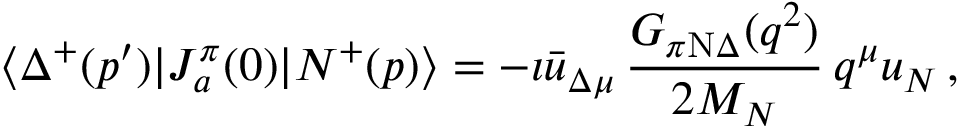
\langle \Delta ^ { + } ( p ^ { \prime } ) | J _ { a } ^ { \pi } ( 0 ) | N ^ { + } ( p ) \rangle = - \i \bar { u } _ { \Delta \mu } \, { \frac { G _ { \pi \mathrm { N } \Delta } ( q ^ { 2 } ) } { 2 M _ { N } } } \, q ^ { \mu } u _ { N } \, ,